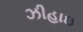
ઝીહાઇ